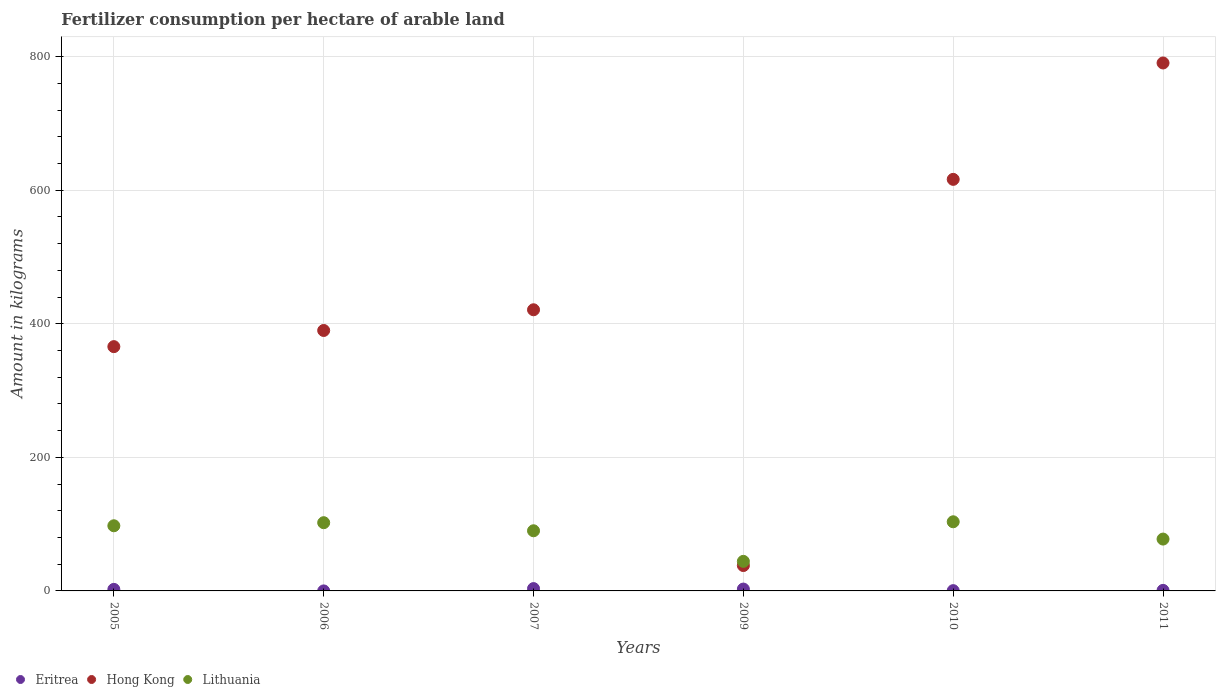
| Years | Eritrea | Hong Kong | Lithuania |
 | --- | --- | --- | --- |
 | 2005 | 2.32 | 366 | 97.6 |
 | 2006 | 0.0164 | 390 | 102 |
 | 2007 | 3.49 | 421 | 90.1 |
 | 2009 | 2.78 | 38 | 44.3 |
 | 2010 | 0.417 | 616 | 104 |
 | 2011 | 0.822 | 791 | 77.6 |